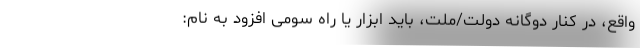
واقع، در کنار دوگانه دولت/ملت، باید ابزار یا راه سومی افزود به نام: